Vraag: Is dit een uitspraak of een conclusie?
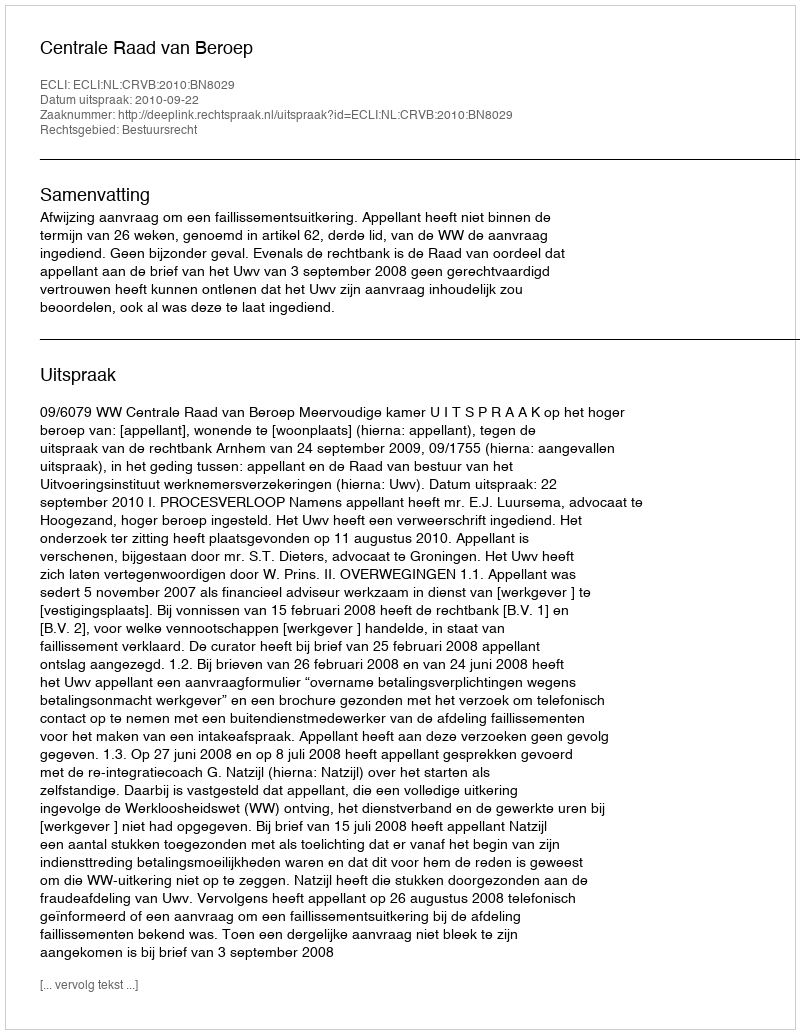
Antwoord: Uitspraak